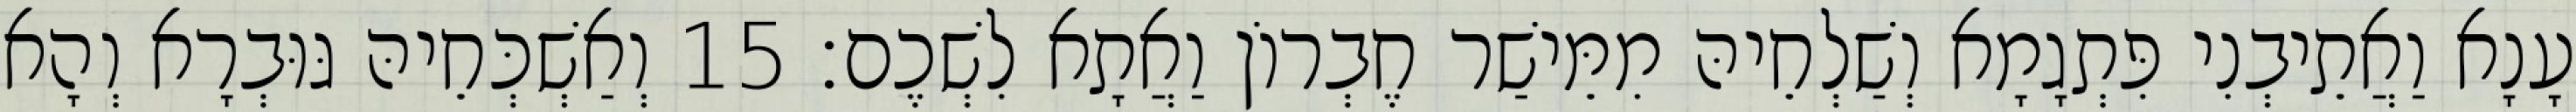
עָנָא וַאֲתֵיבְנִי פִּתְגָמָא וְשַׁלְחֵיהּ מִמֵּישַׁר חֶבְרוֹן וַאֲתָא לִשְׁכֶם׃ 15 וְאַשְׁכְּחֵיהּ גּוּבְרָא וְהָא